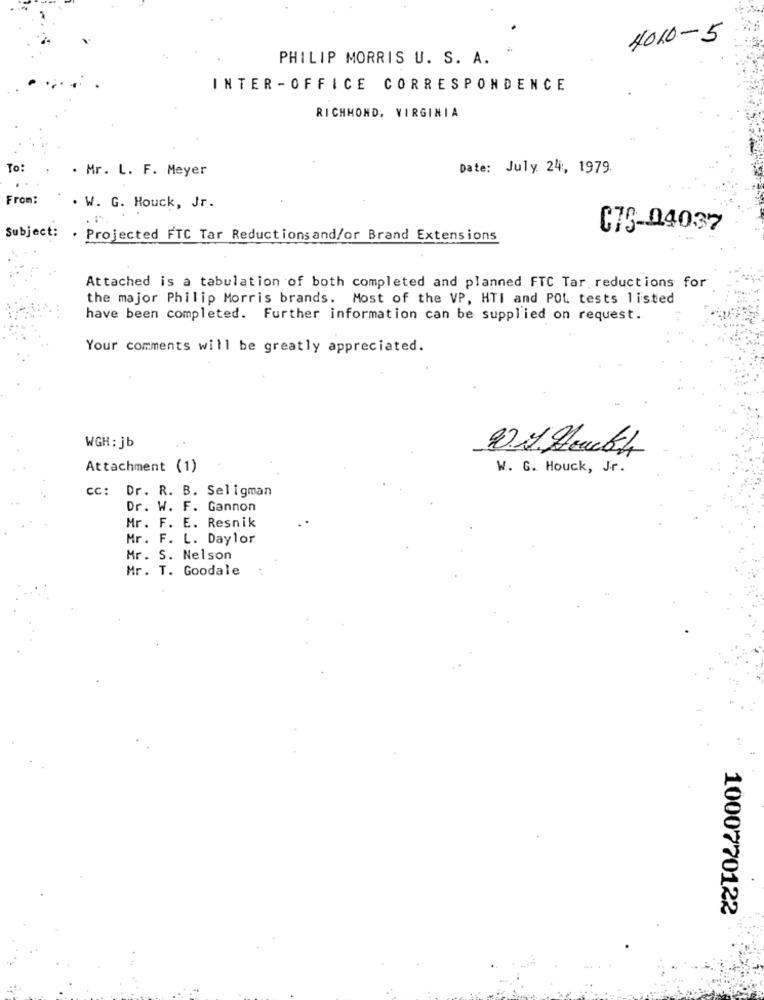
4010-5
PHILIP MORRIS U. S. A.
INTER -OFFICE CORRESPONDENCE
RICHMOND, VIRGINIA
To:
. Mr. L. F. Meyer
Date: July 24, 1979.
From:
. W. G. Houck, Jr.
Subject:
C79-04037
. Projected FTC Tar Reductionsand/or Brand Extensions
Attached is a tabulation of both completed and planned FTC Tar reductions for
the major Philip Morris brands. Most of the VP, HTI and POL tests listed
have been completed. Further information can be supplied on request.
Your comments will be greatly appreciated.
WGH : jb
Attachment (1)
W. G. Houck, Jr.
cc: Dr. R. B. Seligman
Dr. W. F. Gannon
Mr. F. E. Resnik
Mr. F. L. Daylor
Mr. S. Nelson
Mr. T. Goodale
1000770122